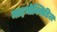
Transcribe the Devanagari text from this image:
माइनोक्सिडिल